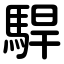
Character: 駻